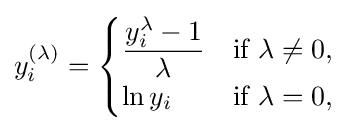
y_{i}^{(\lambda )}={\begin{cases}{\dfrac {y_{i}^{\lambda }-1}{\lambda }}&{\text{if }}\lambda \neq 0,\\\ln y_{i}&{\text{if }}\lambda =0,\end{cases}}